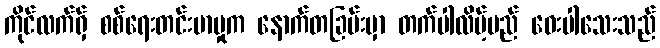
ကိုင်လက်ရှ် စစ်ရေးတင်းမာမှုက နောက်တခြမ်းမှာ တက်ပါလိမ့်မည် ဝေးပါသေးသည်